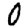
Digit: 0